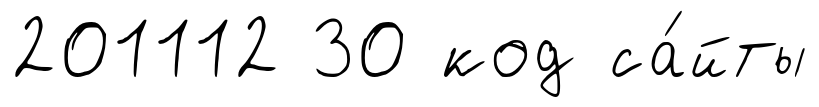
201112 30 код са́йты